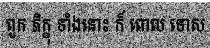
ពួក ភិក្ខុ ទាំងនោះ ក៏ ពោល ទោស